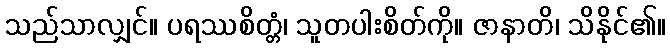
သည်သာလျှင်။ ပရဿစိတ္တံ၊ သူတပါးစိတ်ကို။ ဇာနာတိ၊ သိနိုင်၏။